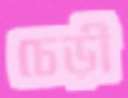
চেড়ী